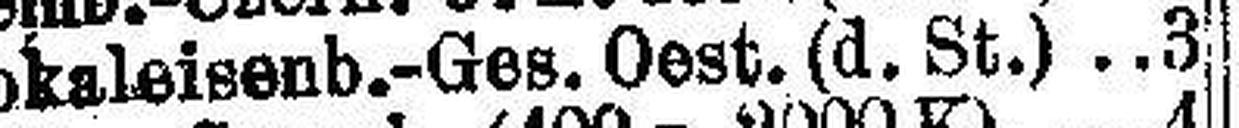
Lokaleisenb.-Ges.Oest. (d. St.) .3| 75.85